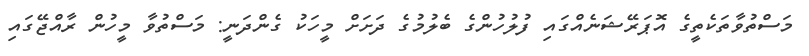
މަސްތުވާތަކެތީގެ އޮޕަރޭޝަނެއްގައި ފުލުހުންގެ ބެލުމުގެ ދަށަށް މީހަކު ގެންދަނީ: މަސްތުވާ މީހުން ރާއްޖޭގައި